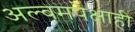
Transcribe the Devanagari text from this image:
अल्बमपेक्षाही